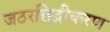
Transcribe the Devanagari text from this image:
जठरछिद्रीकरण